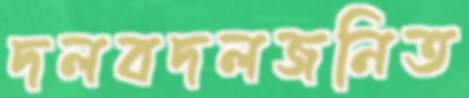
দলবদলজনিত